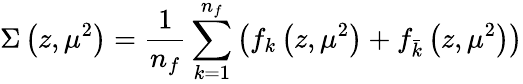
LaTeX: \Sigma\left(z,\mu^{2}\right)=\frac{1}{n_{f}}\sum_{k=1}^{n_{f}}\left(f_{k}\left(z,\mu^{2}\right)+f_{\bar{k}}\left(z,\mu^{2}\right)\right)